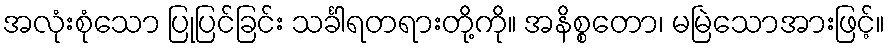
အလုံးစုံသော ပြုပြင်ခြင်း သင်္ခါရတရားတို့ကို။ အနိစ္စတော၊ မမြဲသောအားဖြင့်။